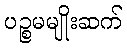
ပဉ္စမမျိုးဆက်